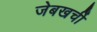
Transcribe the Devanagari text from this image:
जेबखर्ची